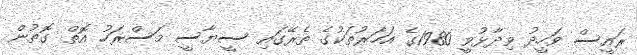
ރައީސް ވަހީދު ވިދާޅުވީ 1980ގެ އަހަރުތަކުގެ ތެރޭގައި ސީޔާސީ މަސްރަހު އޮތް ގޮތުން